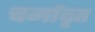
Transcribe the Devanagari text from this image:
चर्मावृत